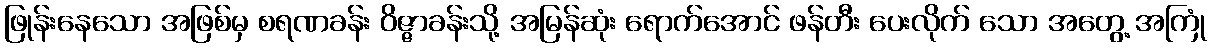
ဖြုန်းနေသော အဖြစ်မှ စရဏခန်း ဝိဇ္ဇာခန်းသို့ အမြန်ဆုံး ရောက်အောင် ဖန်တီး ပေးလိုက် သော အတွေ့ အကြုံ